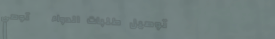
توصيل طلبات الدواء   توصي